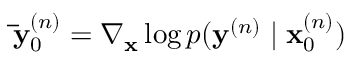
\mathbf { \bar { y } } _ { 0 } ^ { ( n ) } = \nabla _ { \mathbf { x } } \log p ( \mathbf { y } ^ { ( n ) } \mid \mathbf { x } _ { 0 } ^ { ( n ) } )